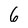
Character: 6